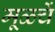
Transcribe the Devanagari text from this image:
मूळचें